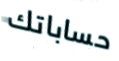
حساباتك